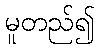
မူတည်၍